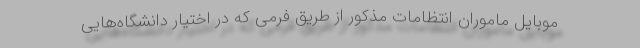
موبایل ماموران انتظامات مذکور از طریق فرمی که در اختیار دانشگاه‌هایی